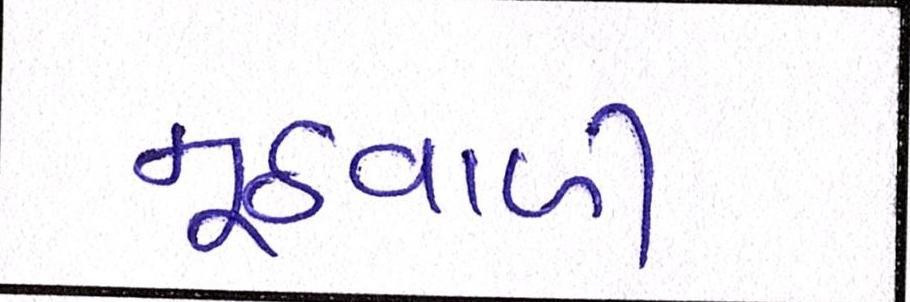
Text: મૂઠવાળી